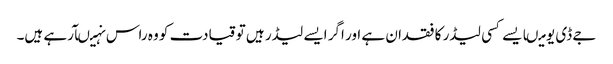
جے ڈی یو میںایسے کسی لیڈر کا فقدان ہے اور اگر ایسے لیڈر ہیں تو قیادت کو وہ راس نہیںآرہے ہیں۔